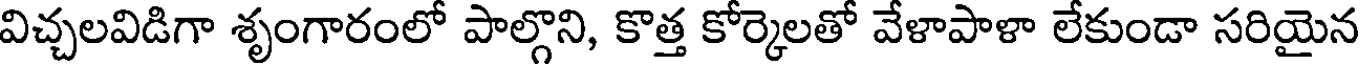
విచ్చలవిడిగా శృంగారంలో పాల్గొని, కొత్త కోర్కెలతో వేళాపాళా లేకుండా సరియైన